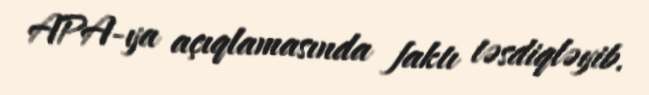
APA-ya açıqlamasında faktı təsdiqləyib.